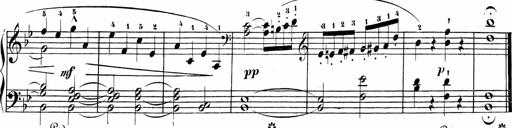
Title: Sonatinas
Composer: Andrew Violette